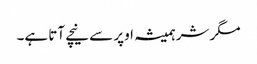
مگر شر ہمیشہ اوپر سے نیچے آتا ہے۔